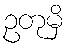
ဥတုမှိ